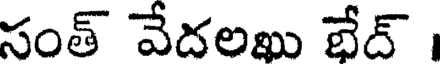
సంత్ వేదలఖు భేద్